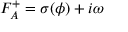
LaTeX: F _ { A } ^ { + } = \sigma ( \phi ) + i \omega